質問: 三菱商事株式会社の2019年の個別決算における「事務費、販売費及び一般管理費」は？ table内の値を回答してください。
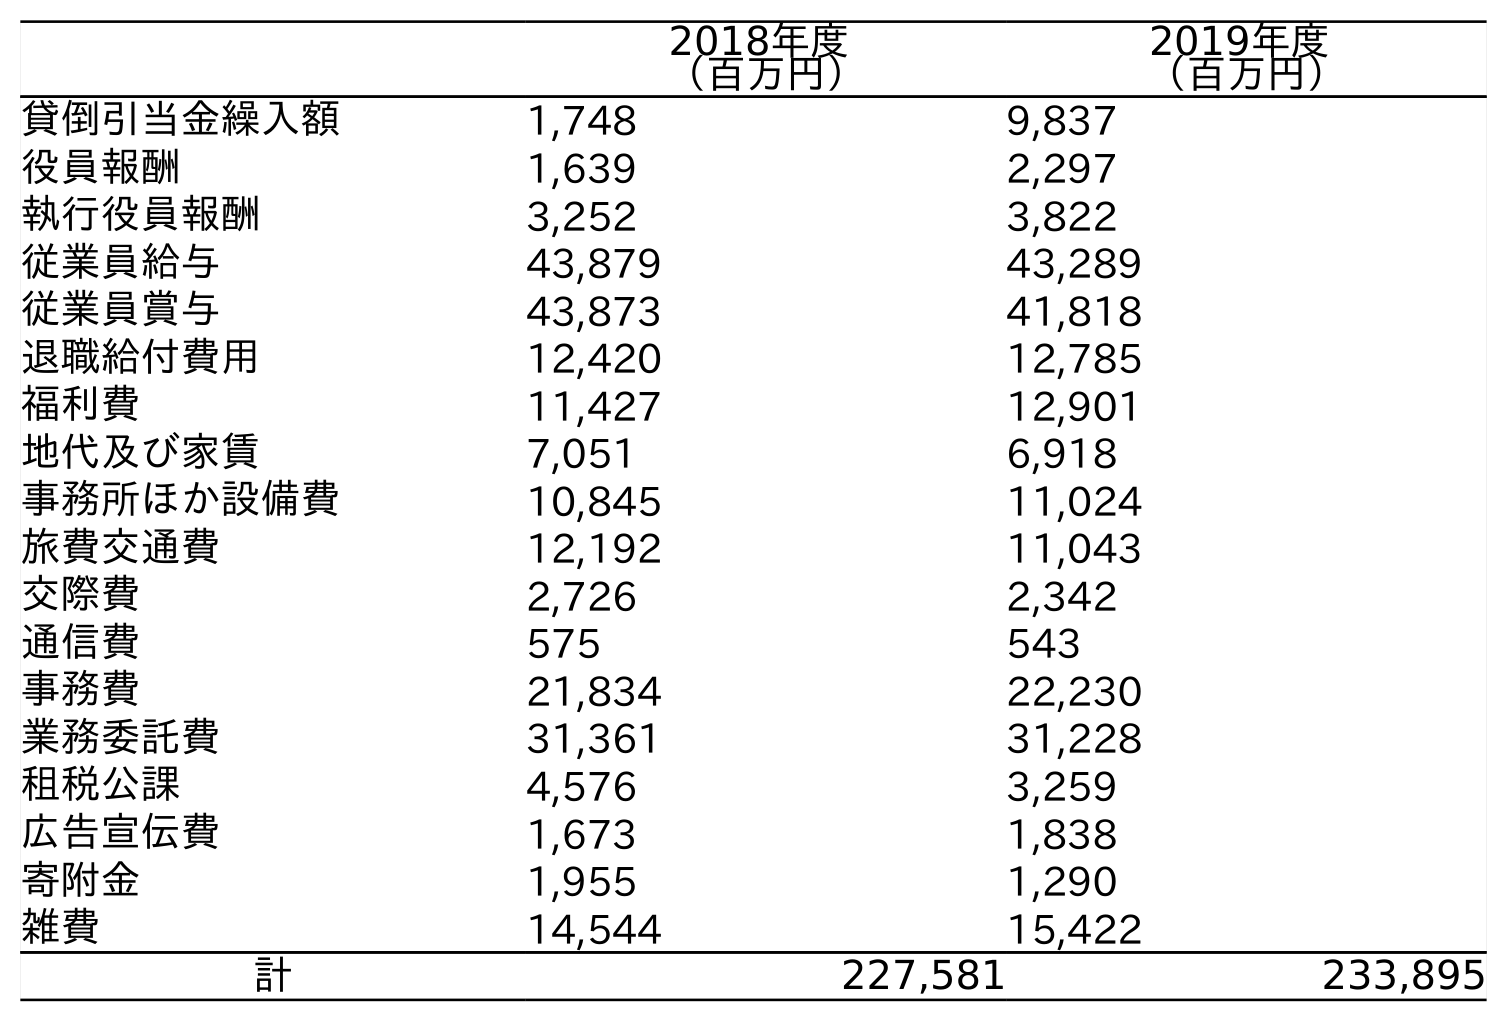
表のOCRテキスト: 2018年度 （百万円） 2019年度 （百万円） 貸倒引当金繰入額 1,748 9,837 役員報酬 1,639 2,297 執行役員報酬 3,252 3,822 従業員給与 43,879 43,289 従業員賞与 43,873 41,818 退職給付費用 12,420 12,785 福利費 11,427 12,901 地代及び家賃 7,051 6,918 事務所ほか設備費 10,845 11,024 旅費交通費 12,192 11,043 交際費 2,726 2,342 通信費 575 543 事務費 21,834 22,230 業務委託費 31,361 31,228 租税公課 4,576 3,259 広告宣伝費 1,673 1,838 寄附金 1,955 1,290 雑費 14,544 15,422 計 227,581 233,895
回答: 21,834